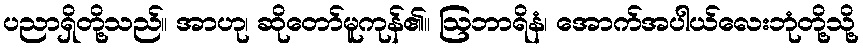
ပညာရှိတို့သည်။ အာဟု၊ ဆိုတော်မူကုန်၏။ ဩဘာရိနံ၊ အောက်အပါယ်လေးဘုံတို့သို့